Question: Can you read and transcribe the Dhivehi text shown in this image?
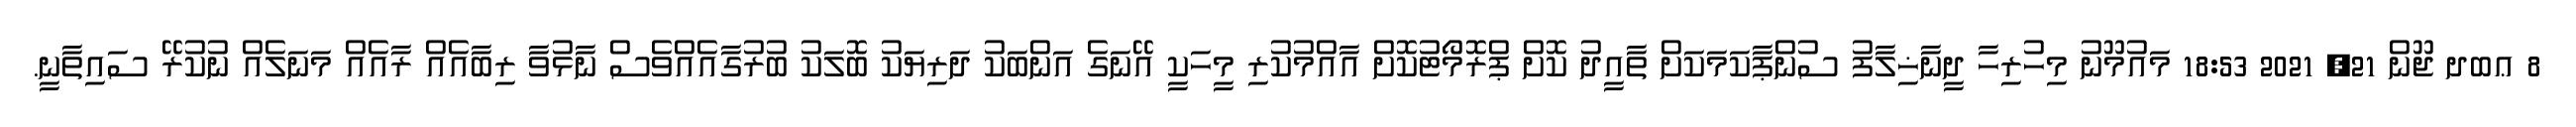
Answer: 8 ޢބދ ޖޫން 21, 2021 18:53 މައުމޫނު މިހުރިހާ ދީނާޚިލާފު ސުންޕާކަމަކަށް ތާއީދު ކޮށް ޕްރޮމޯޓުކޮށް އާއްމުކުރި މީހަކީ އޭނަގެ އަންބަކު ދަރިޔަކު ބޮލަކު ބުރުގާއެއްވެސް ނާޅުވާ ރިބާއެއް ރާއެއް މަނަލެއް ނުކުރޭ ސައިތާނީ.